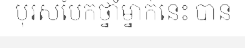
បុរសបែកថ្នាំម្នាក់នេះ បាន